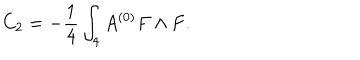
C _ { 2 } = - { \frac { 1 } { 4 } } \int _ { 4 } A ^ { ( 0 ) } F \wedge F .